Scientific memoirs by medical officers of the Army of India - Part XI,
Year: 1898
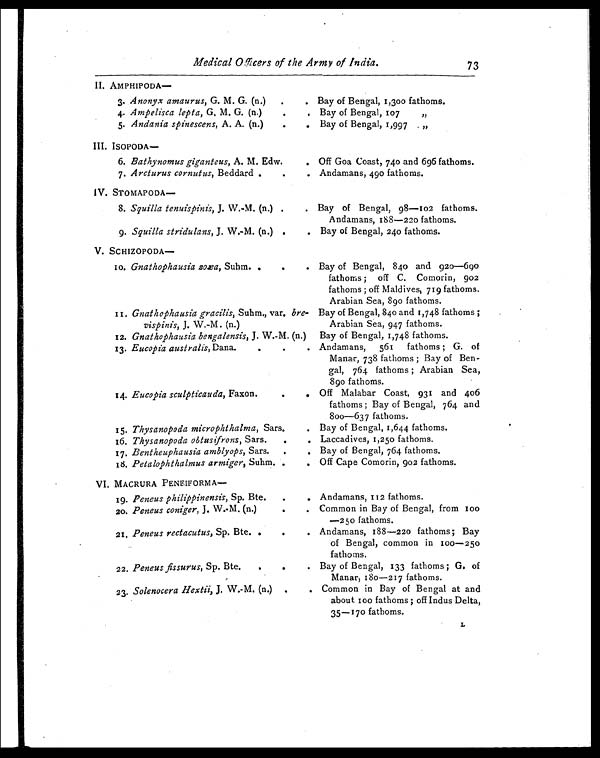
Medical 0fficers of the Army of India. 73
II. AMPHIPODA—
3. Anonyx amaurus, G. M. G. (n.)
.
. Bay of Bengal, 1,300 fathoms.
4. Ampelisca lepta, G. M. G. (n.)
.
, Bay of Bengal, 107
,,
5. Andania spinescens, A. A. (n.)
.
. Bay of Bengal, 1,997
„
III. ISOPODA
—
6. Bathynomus giganteus, A. M. Edw.
. Off Goa Coast, 740 and 696 fathoms.
7. Arcturus cornutus, Beddard .
.
. Andamans, 490 fathoms.
IV. STOMAPODA—
8. Squilla tenuispinis, J. W.-M. (n.) .
. Bay of Bengal, 98—102 fathoms.
Andamans, 188—220 fathoms.
9. Squilla stridulans, J. W.-M. (n.) .
. Bay of Bengal, 240 fathoms.
V. SCHIZOPODA—
10. Gnathophausia zoæa, Suhm. .
.
. Bay of Bengal, 840 and 920—690
fathoms; off C. Comorin, 902
fathoms; off Maldives, 719 fathoms.
Arabian Sea, 890 fathoms.
11. Gnathophausia gracilis, Suhm., var. bre-
vispinis, J. W.-M. (n.)
. Bay of Bengal, 840 and 1,748 fathoms;
Arabian Sea, 947 fathoms.
12. Gnathophausia bengalensis, J. W.-M. (n.) . Bay of Bengal, 1,748 fathoms.
13. Eucopia australis, Dana.
.
.
Andamans, 561 fathoms; G. of
Manar, 738 fathoms; Bay of Ben-
gal, 764 fathoms; Arabian Sea,
890 fathoms.
14. Eucopia sculpticauda, Faxon.
.
Off Malabar Coast, 931 and 406
fathoms; Bay of Bengal, 764 and
800—637 fathoms.
15. Thysanopoda microphthalma, Sars.
. Bay of Bengal, 1,644 fathoms.
16. Thysanopoda obtusifrons, Sars. .
. Laccadives, 1,250 fathoms.
17. Bentheuphausia amblyops, Sars. .
. Bay of Bengal, 764 fathoms.
18. Petalophthalmus armiger, Suhm, .
.
Off Cape Comorin, 902 fathoms.
VI. MACRURA PENEIFORMA—
19. Peneus philippinensis, Sp. Bte.
.
. Andamans, 112 fathoms.
20. Peneus coniger, J. W.-M. (n.)
.
. Common in Bay of Bengal, from 100
—250 fathoms.
21. Peneus rectacutus, Sp. Bte. .
.
. Andamans, 188-220 fathoms; Bay
of Bengal, common in 100—250
fathoms.
22. Peneus fissurus, Sp. Bte.
.
.
. Bay of Bengal, 133 fathoms; G. of
Manar, 180—217 fathoms.
23. Solenocera Hextii, J. W.-M. (n.) .
. Common in Bay of Bengal at and
about 100 fathoms; off Indus Delta,
35—170 fathoms.